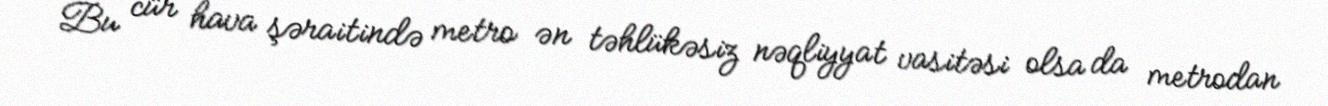
Bu cür hava şəraitində metro ən təhlükəsiz nəqliyyat vasitəsi olsa da metrodan